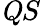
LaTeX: \mathit QS